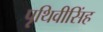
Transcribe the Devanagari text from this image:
पृथिवीसिंह